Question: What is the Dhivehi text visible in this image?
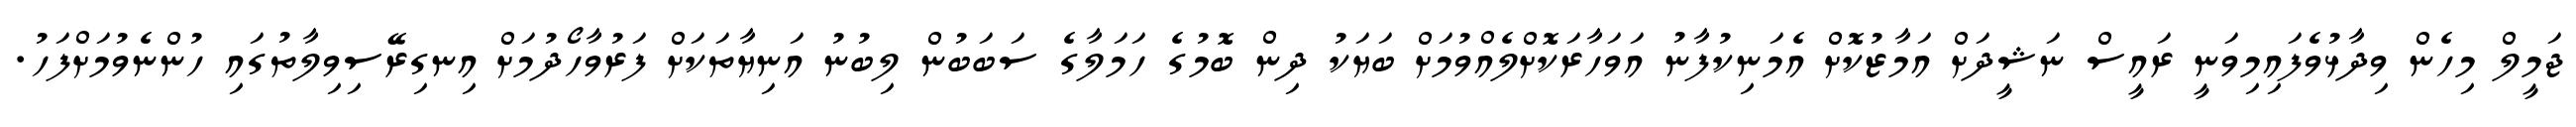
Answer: ޖަމީލް މިހެން ވިދާޅުވެފައިމިވަނީ ރައީސް ނަޝީދަށް އަމާޒުކޮށް އެމަނިކުފާނު އަވަހާރަކޮށްލެއްވުމަށް ބަޔަކު ދިން ބޮމުގެ ހަމަލާގެ ސަބަބުން ލިބުނު އަނިޔާތަކަށް ފަރުވާހޯދުމަށް އިނގިރޭސިވިލާތުގައި ހުންނެވުމަށްފަހު.